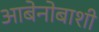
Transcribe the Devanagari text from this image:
आबेनोबाशी